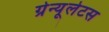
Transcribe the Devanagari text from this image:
ग्रेन्यूलेटस